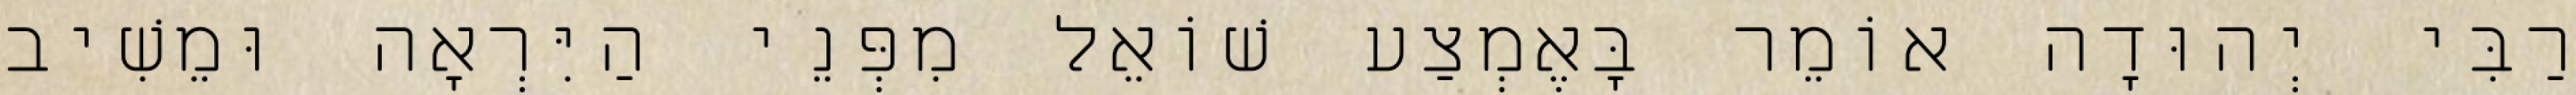
רַבִּי יְהוּדָה אוֹמֵר בָּאֶמְצַע שׁוֹאֵל מִפְּנֵי הַיִּרְאָה וּמֵשִׁיב